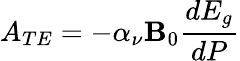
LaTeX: A_{TE}=-\alpha_{\nu}\mathbf{B}_{0}\frac{{dE_{g}}}{{dP}}